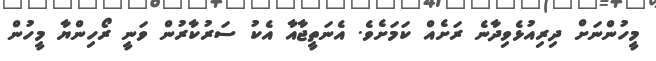
މީހުންނަށް ދިރިއުޅެވިދާނެ ރަށެއް ކަަމަށެވެ. އެނަތީޖާއާ އެކު ސަރުކާރުން ވަނީ ރޯހިންޔާ މީހުން